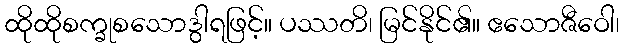
ထိုထိုစက္ခုစသောဒွါရဖြင့်။ ပဿတိ၊ မြင်နိုင်၏။ ဧသောဇီဝေါ၊